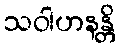
သဝါဟနန္တိ